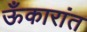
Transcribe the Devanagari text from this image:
ऊँकारांत